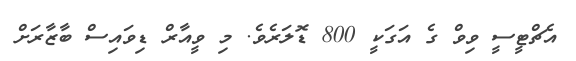
އެޗްޓީސީ ވިވް ގެ އަގަކީ 800 ޑޮލަރެވެ. މި ވީއާރް ޑިވައިސް ބާޒާރަށް